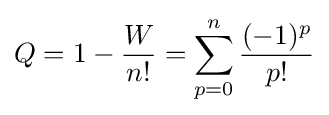
Q=1-{\frac {W}{n!}}=\sum _{p=0}^{n}{\frac {(-1)^{p}}{p!}}